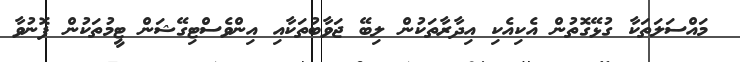
މައްސަލަތަކާ ގުޅޭގޮތުން އެކިއެކި އިދާރާތަކުން ލިބޭ ޖަވާބުތަކާއި އިންވެސްޓިގޭޝަން ޓީމުތަކުން ފޮނުވާ